Scottish Leaving Certificate Examination, 1958
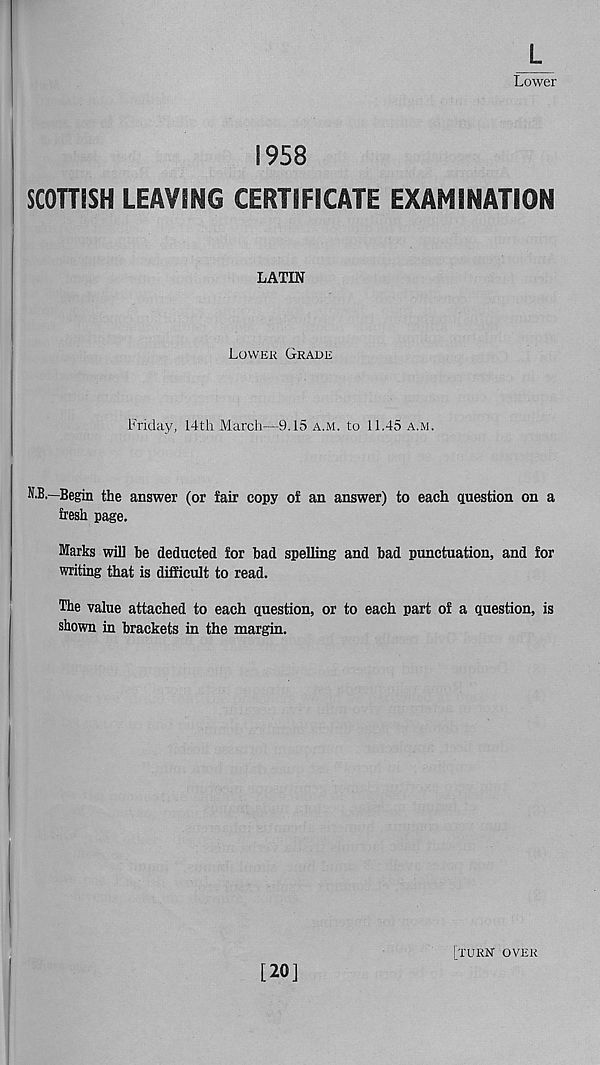
Lower
1958
SCOTTISH LEAVING CERTIFICATE EXAMINATION
LATIN
Lower Grade
Friday, 14th March—9.15 a.m. to 11.45 a.m.
N.B.—Begin the answer (or fair copy of an answer) to each question on a
fresh page.
Marks will he deducted for bad spelling and bad punctuation, and for
writing that is difficult to read.
The value attached to each question, or to each part of a question, is
shown in brackets in the margin.
[20]
[turn over